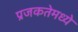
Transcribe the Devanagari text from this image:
प्रजकतेमध्ये